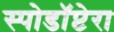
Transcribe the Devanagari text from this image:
स्पोडॉप्टेरा